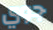
جوي